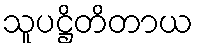
သူပဋ္ဌိတိတာယ